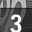
Digit: 3